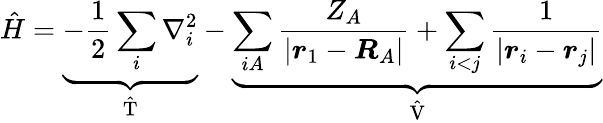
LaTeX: \hat{H}=\underbrace{-\frac{1}{2}\sum_{i}\nabla_{i}^{2}}_{\mathrm{~\hat{T}~}}-\underbrace{\sum_{iA}\frac{Z_{A}}{|\boldsymbol{r}_{1}-\boldsymbol{R}_{A}|}+\sum_{i<j}\frac{1}{|\boldsymbol{r}_{i}-\boldsymbol{r}_{j}|}}_{\mathrm{~\hat{V}~}}